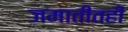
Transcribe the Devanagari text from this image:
जमातींतही